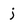
Character: j